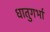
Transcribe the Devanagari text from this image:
धातुगर्भा